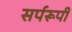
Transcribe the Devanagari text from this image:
सर्परूपी